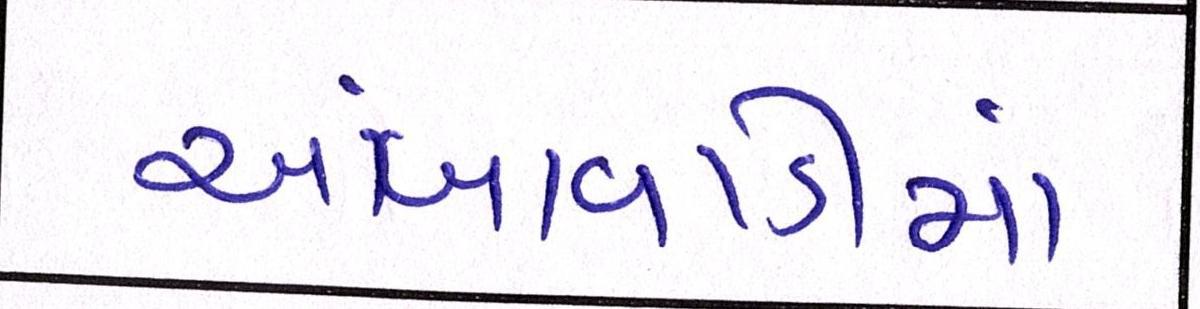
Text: આંબાવાડીમાં